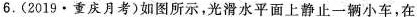
6.(2019·重庆月考)如图所示，光滑水平面上静止一辆小车，在